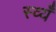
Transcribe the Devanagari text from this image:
स्व्यँ